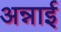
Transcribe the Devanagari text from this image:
अन्नाई